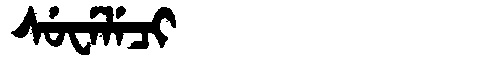
Manchu: ᠰᡠᠸᡝᠯᡝᠴᡳ
Romanization: SUWELECI